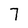
Character: 7